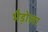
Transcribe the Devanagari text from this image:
भैड़ोला